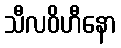
သီလဝိဟီနော